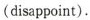
(disappoint).